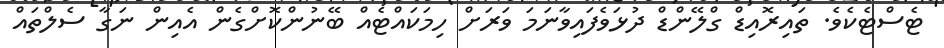
ޓެސްޓެކެވެ. ތައިރޮއިޑް ގްލޭންޑް ދުޅަވެފައިވާނަމަ ވަރަށް ހިމަކައްޓެއް ބޭނުންކޮށްގެން އެއިން ނަގާ ސެލްތައް